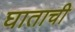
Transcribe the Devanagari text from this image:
घाताची